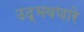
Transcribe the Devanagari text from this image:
उद्‌भवणारे